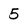
Character: 5